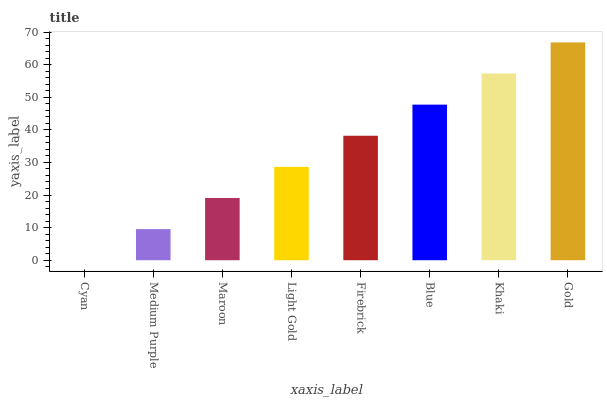
| xaxis_label | bars |
 | --- | --- |
 | Cyan | 0 |
 | Medium Purple | 9.55 |
 | Maroon | 19.1 |
 | Light Gold | 28.6 |
 | Firebrick | 38.2 |
 | Blue | 47.7 |
 | Khaki | 57.3 |
 | Gold | 66.8 |